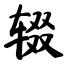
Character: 辍